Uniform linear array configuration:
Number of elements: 64
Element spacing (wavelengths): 0.5
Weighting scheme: blackman
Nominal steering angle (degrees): -45
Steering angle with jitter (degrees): -46.889
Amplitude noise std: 0.05
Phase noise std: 0.05

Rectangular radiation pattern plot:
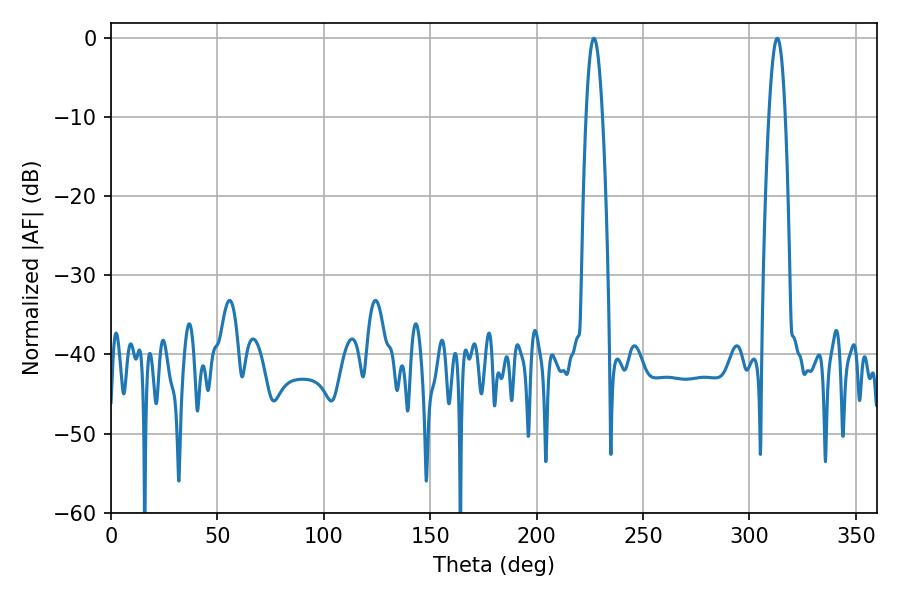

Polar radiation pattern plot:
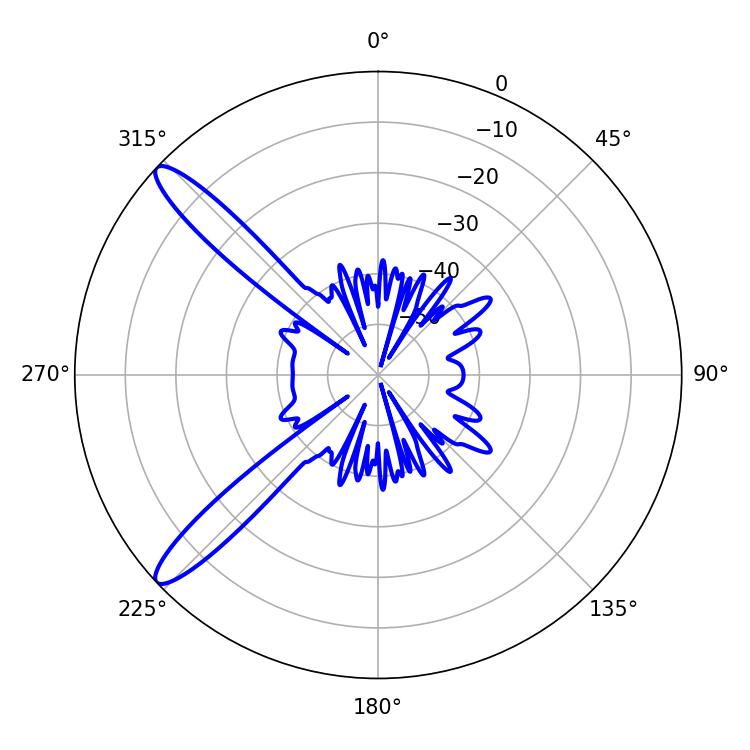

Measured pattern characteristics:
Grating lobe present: FALSE
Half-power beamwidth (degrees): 4.32
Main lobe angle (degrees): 226.98